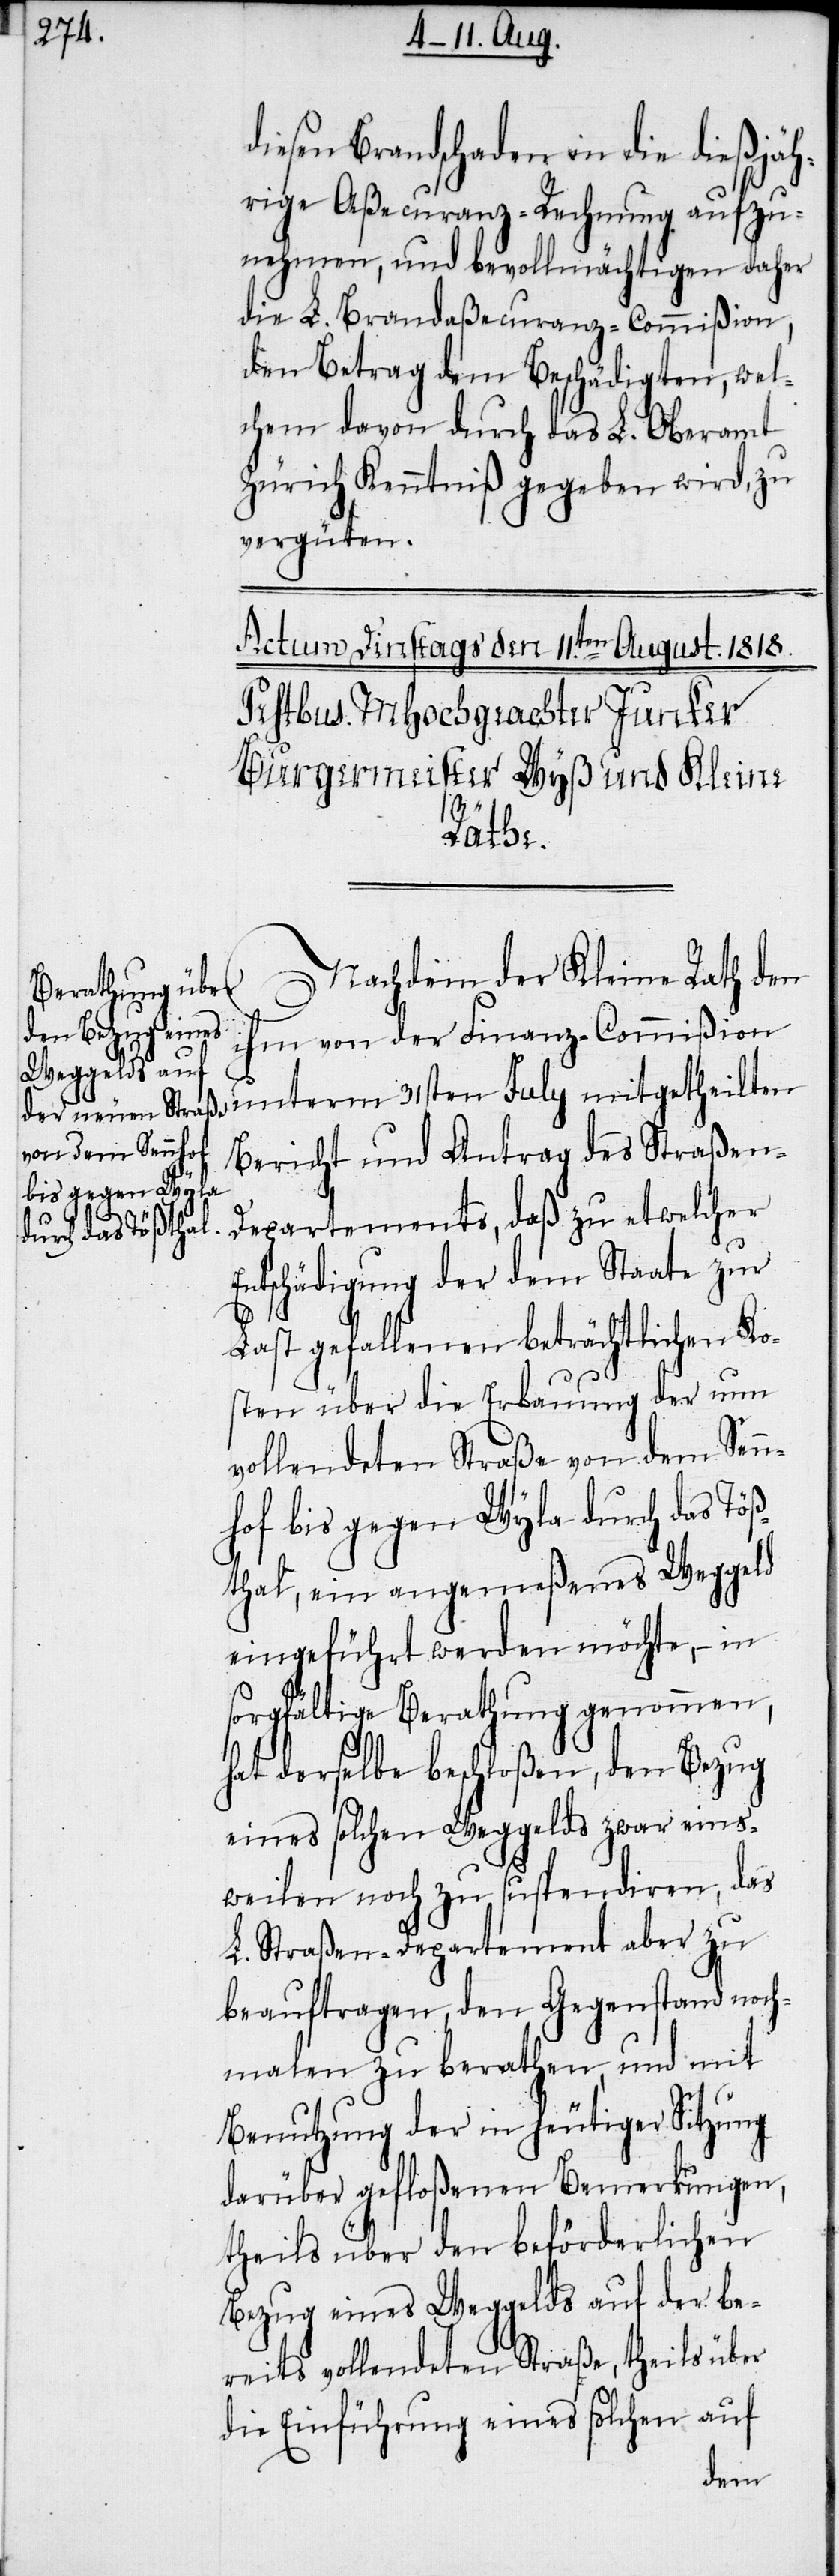
diesen Brandschaden in die dießjäh¬
rige Aßecuranz-Rechnung aufzu¬
nehmen, und bevollmächtigen daher
die L. Brandaßecuranz-Commißion,
den Betrag dem Beschädigten, wel¬
chem davon durch das L. Oberamt
Zürich Kenntniß gegeben wird, zu
vergüten.
Nachdem der Kleine Rath den
ihm von der Finanz-Commißion
Bericht und Antrag des Straßen-D¬
epartements, daß zu etwelcher
Entschädigung der dem Staate zur
Last gefallenen beträchtlichen Ko¬
sten über die Erbauung der nun
vollendeten Straße von dem Senn¬
hof bis gegen Wyla durch das Töß¬
thal, ein angemeßenes Weggeld
eingeführt werden möchte, − in
sorgfältige Berathung genommen,
hat derselbe beschloßen, den Bezug
eines solchen Weggelds zwar eins¬
weilen noch zu suspendiren, das
L. Straßen-Departement aber zu
beauftragen, den Gegenstand noch¬
malen zu berathen, und mit
Benutzung der in heutiger Sitzung
darüber gefloßenen Bemerkungen,
theils über den beförderlichen
Bezug eines Weggelds auf der be¬
reits vollendeten Straße, theils über
die Einführung eines solchen auf